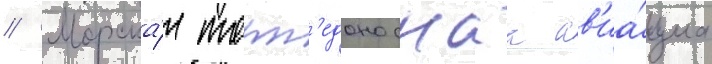
// Морска́я торп'едоноснаа ав'иа́циа